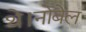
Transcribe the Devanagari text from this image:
थे।नोबेल